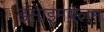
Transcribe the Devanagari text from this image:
इसाइमबलम